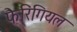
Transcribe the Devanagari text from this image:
फैरिंगियल